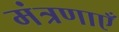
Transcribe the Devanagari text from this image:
मंत्रणाएँ